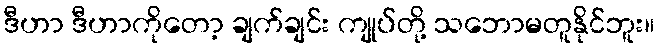
ဒီဟာ ဒီဟာကိုတော့ ချက်ချင်း ကျုပ်တို့ သဘောမတူနိုင်ဘူး။